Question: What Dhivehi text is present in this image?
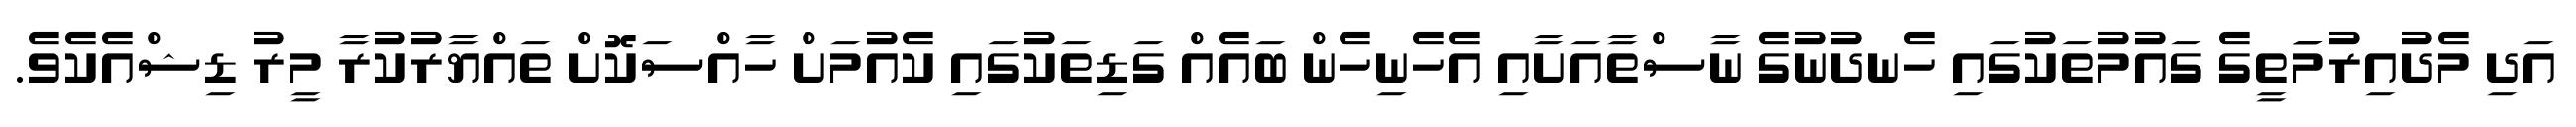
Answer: އަދި މެދުއިރުމަަަތީގެ ގައުމުތަކުގައި ހެނދުނުގެ ނާސްތާއަށާއި އެހެނިހެން ބައެއް ގަޑިތަކުގައި ކެއުމަށް ހާއްސަކޮށް ތައްޔާރުކުރާ މީރު ޑިޝްއެކެވެ.